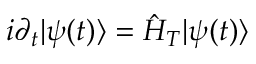
i \partial _ { t } | \psi ( t ) \rangle = \hat { H } _ { T } | \psi ( t ) \rangle